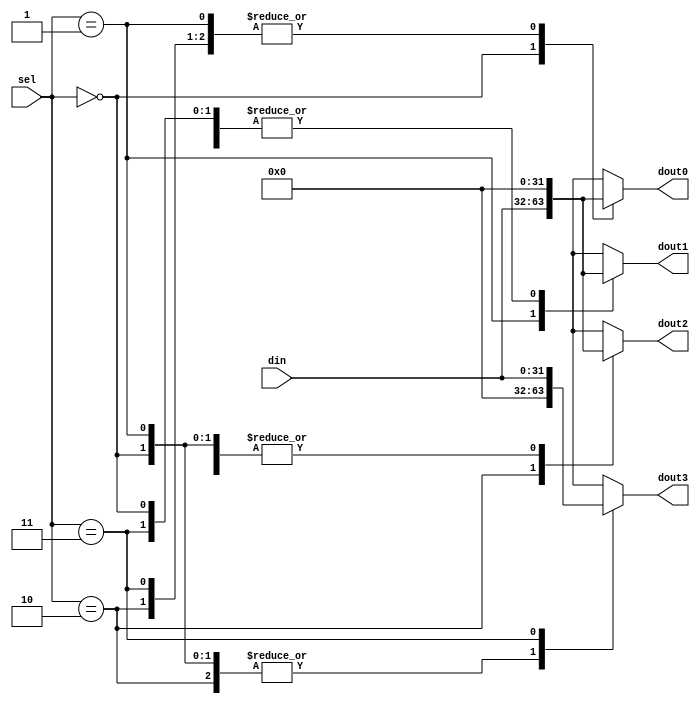
module bn_demux_1_4_case
#(parameter DATA_WIDTH=32)
(
    input      [DATA_WIDTH-1:0] din, 
    input      [1:0] sel,
    output reg [DATA_WIDTH-1:0] dout0, 
    output reg [DATA_WIDTH-1:0] dout1,
    output reg [DATA_WIDTH-1:0] dout2,
    output reg [DATA_WIDTH-1:0] dout3
);
    always @(*)
        case (sel)
            2'b00: 
            begin
                dout0 = din;
                dout1 = 0;
                dout2 = 0;
                dout3 = 0;
            end
            2'b01: 
            begin
                dout0 = 0;
                dout1 = din;
                dout2 = 0;
                dout3 = 0;
            end
            2'b10: 
            begin
                dout0 = 0;
                dout1 = 0;
                dout2 = din;
                dout3 = 0;
            end
            2'b11: 
            begin
                dout0 = 0;
                dout1 = 0;
                dout2 = 0;
                dout3 = din;
            end
        endcase
endmodule